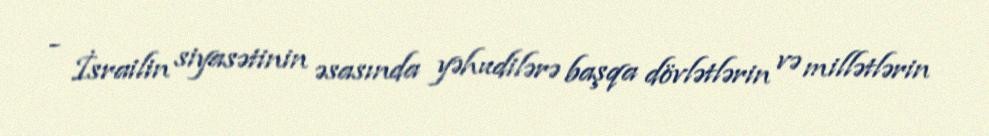
- İsrailin siyasətinin əsasında yəhudilərə başqa dövlətlərin və millətlərin